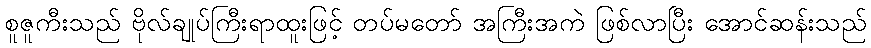
စူဇူကီးသည် ဗိုလ်ချုပ်ကြီးရာထူးဖြင့် တပ်မတော် အကြီးအကဲ ဖြစ်လာပြီး အောင်ဆန်းသည်